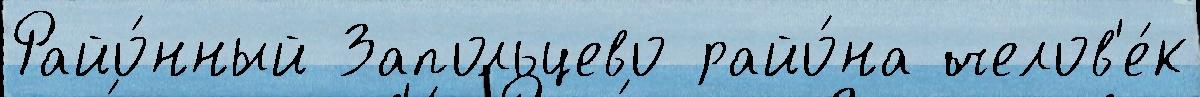
Райо́нный Запольцево райо́на челов'е́к